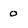
Character: 0